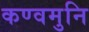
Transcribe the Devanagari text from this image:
कण्वमुनि